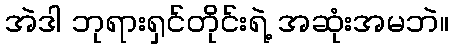
အဲဒါ ဘုရားရှင်တိုင်းရဲ့ အဆုံးအမဘဲ။